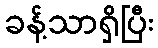
ခန့်သာရှိပြီး